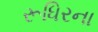
રૂધિરના